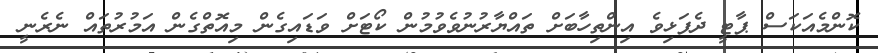
ކޮންމެއަކަސް ޕާޓީ ދެފަޅިވެ އިންތިހާބަށް ތައްޔާރުނުވެވުމުން ކޯޓަށް ވަޑައިގެން މިއޮތްގެން އަމުރުތައް ނެރެނީ